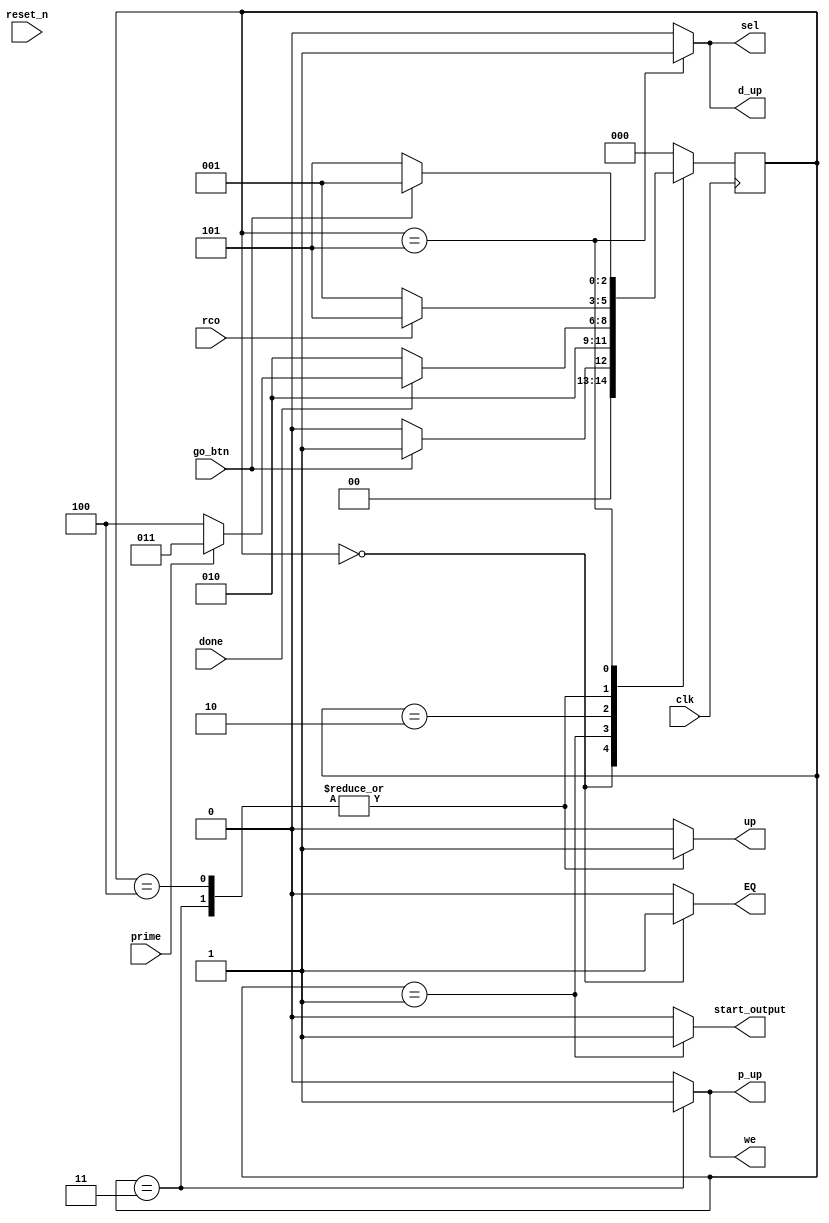
`timescale 1ns / 1ps
//////////////////////////////////////////////////////////////////////////////////
// Company:  Ratner Surf Designs
// 
// Design Name: 
// Module Name: fsm_template
// Project Name: 
// Target Devices: 
// Tool Versions: 
// Description: Generic FSM model with both Mealy & Moore outputs. 
//    Note: data widths of state variables are not specified 
//
// Dependencies: 
// 
// Revision:
// Revision 1.00 - File Created (07-07-2018) 
// Additional Comments:
// 
//////////////////////////////////////////////////////////////////////////////////

module FSM(
    input reset_n, //clr
    input go_btn, 
    input clk, 
    input done,
    input rco,
    input prime,
    output reg start_output,
    output reg up,
    output reg we,
    output reg p_up,
    output reg d_up,
    output reg EQ,
    output reg sel
    ); 
     
    //- next state & present state variables
    reg [2:0] NS, PS; 
    //- bit-level state representations
    parameter [2:0] w8=3'b000, counta=3'b001, checka=3'b010, storea=3'b011, not_storea=3'b100, finala=3'b101; 
    
    
    //- model the state registers
    always @ ( posedge clk)
//       if (reset_n == 1) 
//          PS <= w8; 
//       else
          PS <= NS; 
    
    
    //- model the next-state and output decoders
    always @ (*)
    begin
       start_output = 0; up = 0; we = 0; p_up = 0; d_up = 0; EQ = 0; sel = 0;// assign all outputs
       case(PS)
          w8: //--------------------------------------------------------------------------------------------------state 0(w8)
          begin
             sel = 0;
             EQ = 0;
             up = 0;
             we = 0;
             p_up = 0;
             EQ = 1;
             if (go_btn == 1) NS = counta; // if go is pressed, move to start state
             else NS = w8; // else stay in same state
          end
          
          counta: //--------------------------------------------------------------------------------------------------state 1(start)
             begin
             sel = 0;
             p_up = 0;
             we = 0;
             start_output = 1; 
             NS = checka;                
             end   
             
          checka: //--------------------------------------------------------------------------------------------------state 2(check)
             begin
             sel = 0;
             up = 0;
             we = 0;
             p_up = 0;
             start_output = 0;
             if (done == 0)  NS = checka; 
             else if (prime == 1) NS = storea;
             else  NS = not_storea;
             end
             
          storea: //--------------------------------------------------------------------------------------------------state 3(store)
             begin
             sel = 0;
             up = 1;
             we = 1;
             p_up = 1;
             if (rco) NS = finala;
             else NS = counta;
             end
             
          not_storea: //--------------------------------------------------------------------------------------------------state 3(store)
             begin
             sel = 0;
             we = 0;
             p_up = 0;
             up = 1;
             if (rco) NS = finala;
             else NS = counta;
             end 
             
          finala: //--------------------------------------------------------------------------------------------------state 4(final)
             begin
             d_up =1;
             sel = 1;
             if (go_btn == 0) NS = finala;
             else NS = counta;
             end
          
          default: NS = w8; 
            
          endcase
      end              
endmodule